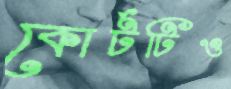
কোর্টটিও